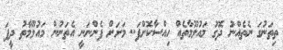
ތިތަނުގަ ނެތެއްނު ދޮގު މައުލޫމާތެއް ހިއްސާކޮށްފަ.. މަށަށް ފެންނަނީ އެތަނުން މައުލޫމާތު ދީފަ